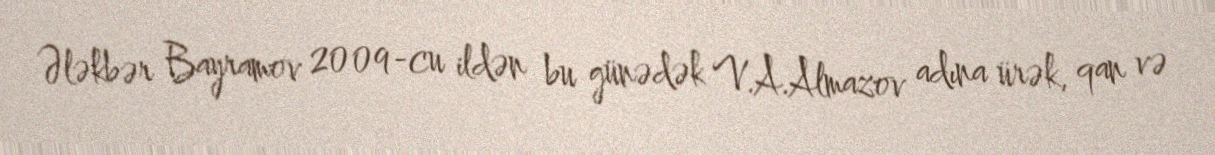
Ələkbər Bayramov 2009-cu ildən bu günədək V.A.Almazov adına ürək, qan və